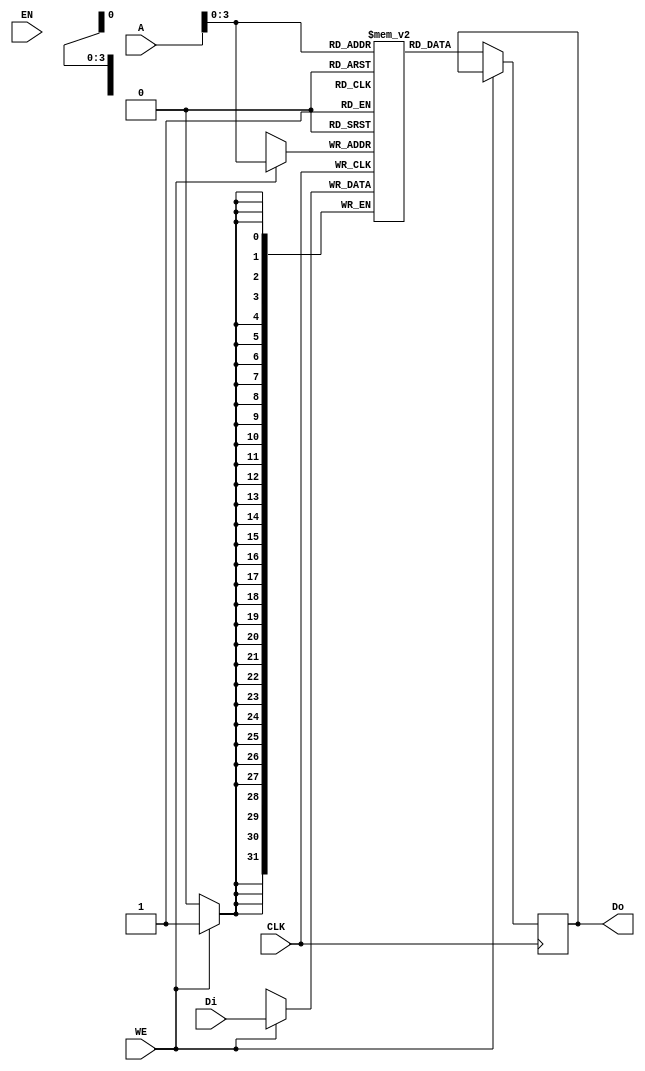
// bram behavior code (can't be synthesis)
// 11 words
module bram11 
(
    CLK,
    WE,
    EN,
    Di,
    Do,
    A
);

   parameter ADDR_WIDTH = 12;
   parameter SIZE = 11;
   parameter BIT_WIDTH = 32;

    input              CLK;
    input              WE;
    input              EN;
    input      [BIT_WIDTH-1:0]  Di;
    output reg [BIT_WIDTH-1:0]  Do;
    input      [ADDR_WIDTH-1:0] A; 


    //  11(tap) words
	(* ram_style = "block" *) reg [BIT_WIDTH-1:0] RAM[0:SIZE];
   //reg [11:0] r_A;

    //always @(posedge CLK) begin
        //r_A <= A;
    //end

    //assign Do = {32{EN}} & RAM[r_A>>2];    // read

    /*always @(posedge CLK) begin
      if(EN) begin
			if(WE[0]) RAM[A>>2][ 7: 0] <= Di[ 7: 0];
         if(WE[1]) RAM[A>>2][15: 8] <= Di[15: 8];
         if(WE[2]) RAM[A>>2][23:16] <= Di[23:16];
         if(WE[3]) RAM[A>>2][31:24] <= Di[31:24];
        end
    end*/
    
        
   always @(posedge CLK)begin
        if(~WE) Do <= RAM[A];
    end
    
   always @(posedge CLK)begin
     if(WE) RAM[A] <= Di;
   end

endmodule